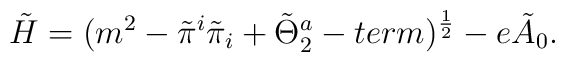
\tilde H=(m^2-\tilde\pi ^i\tilde \pi _i+\tilde \Theta _2^a-term )^{{1\over 2}} -e\tilde A_0.